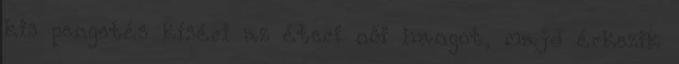
kis pengetés kíséri az éteri női hangot, majd érkezik